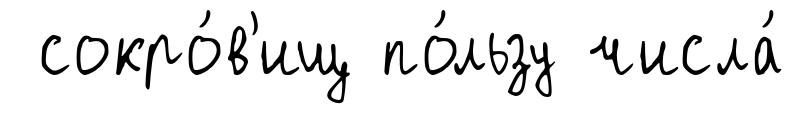
сокро́в'ищ по́льзу числа́